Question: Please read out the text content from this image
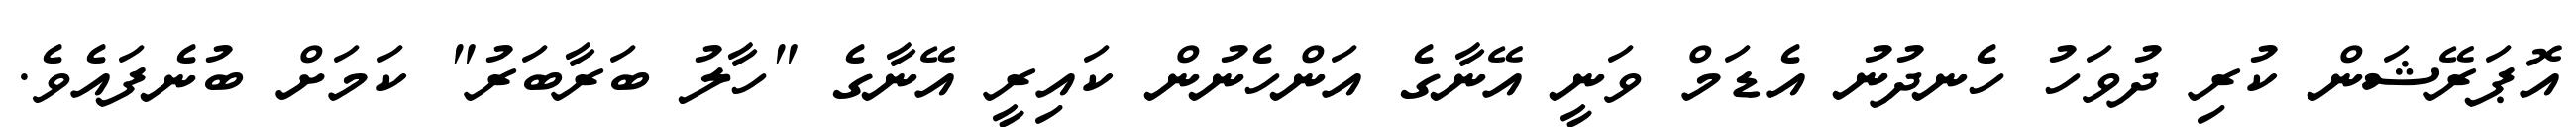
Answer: އޮޕަރޭޝަން ކުރި ދުވަހު ހެނދުނު އެޑަމް ވަނީ އޭނާގެ އަންހެނުން ކައިރީ އޭނާގެ "ހާލު ބަރާބަރު" ކަމަށް ބުނެފައެވެ.